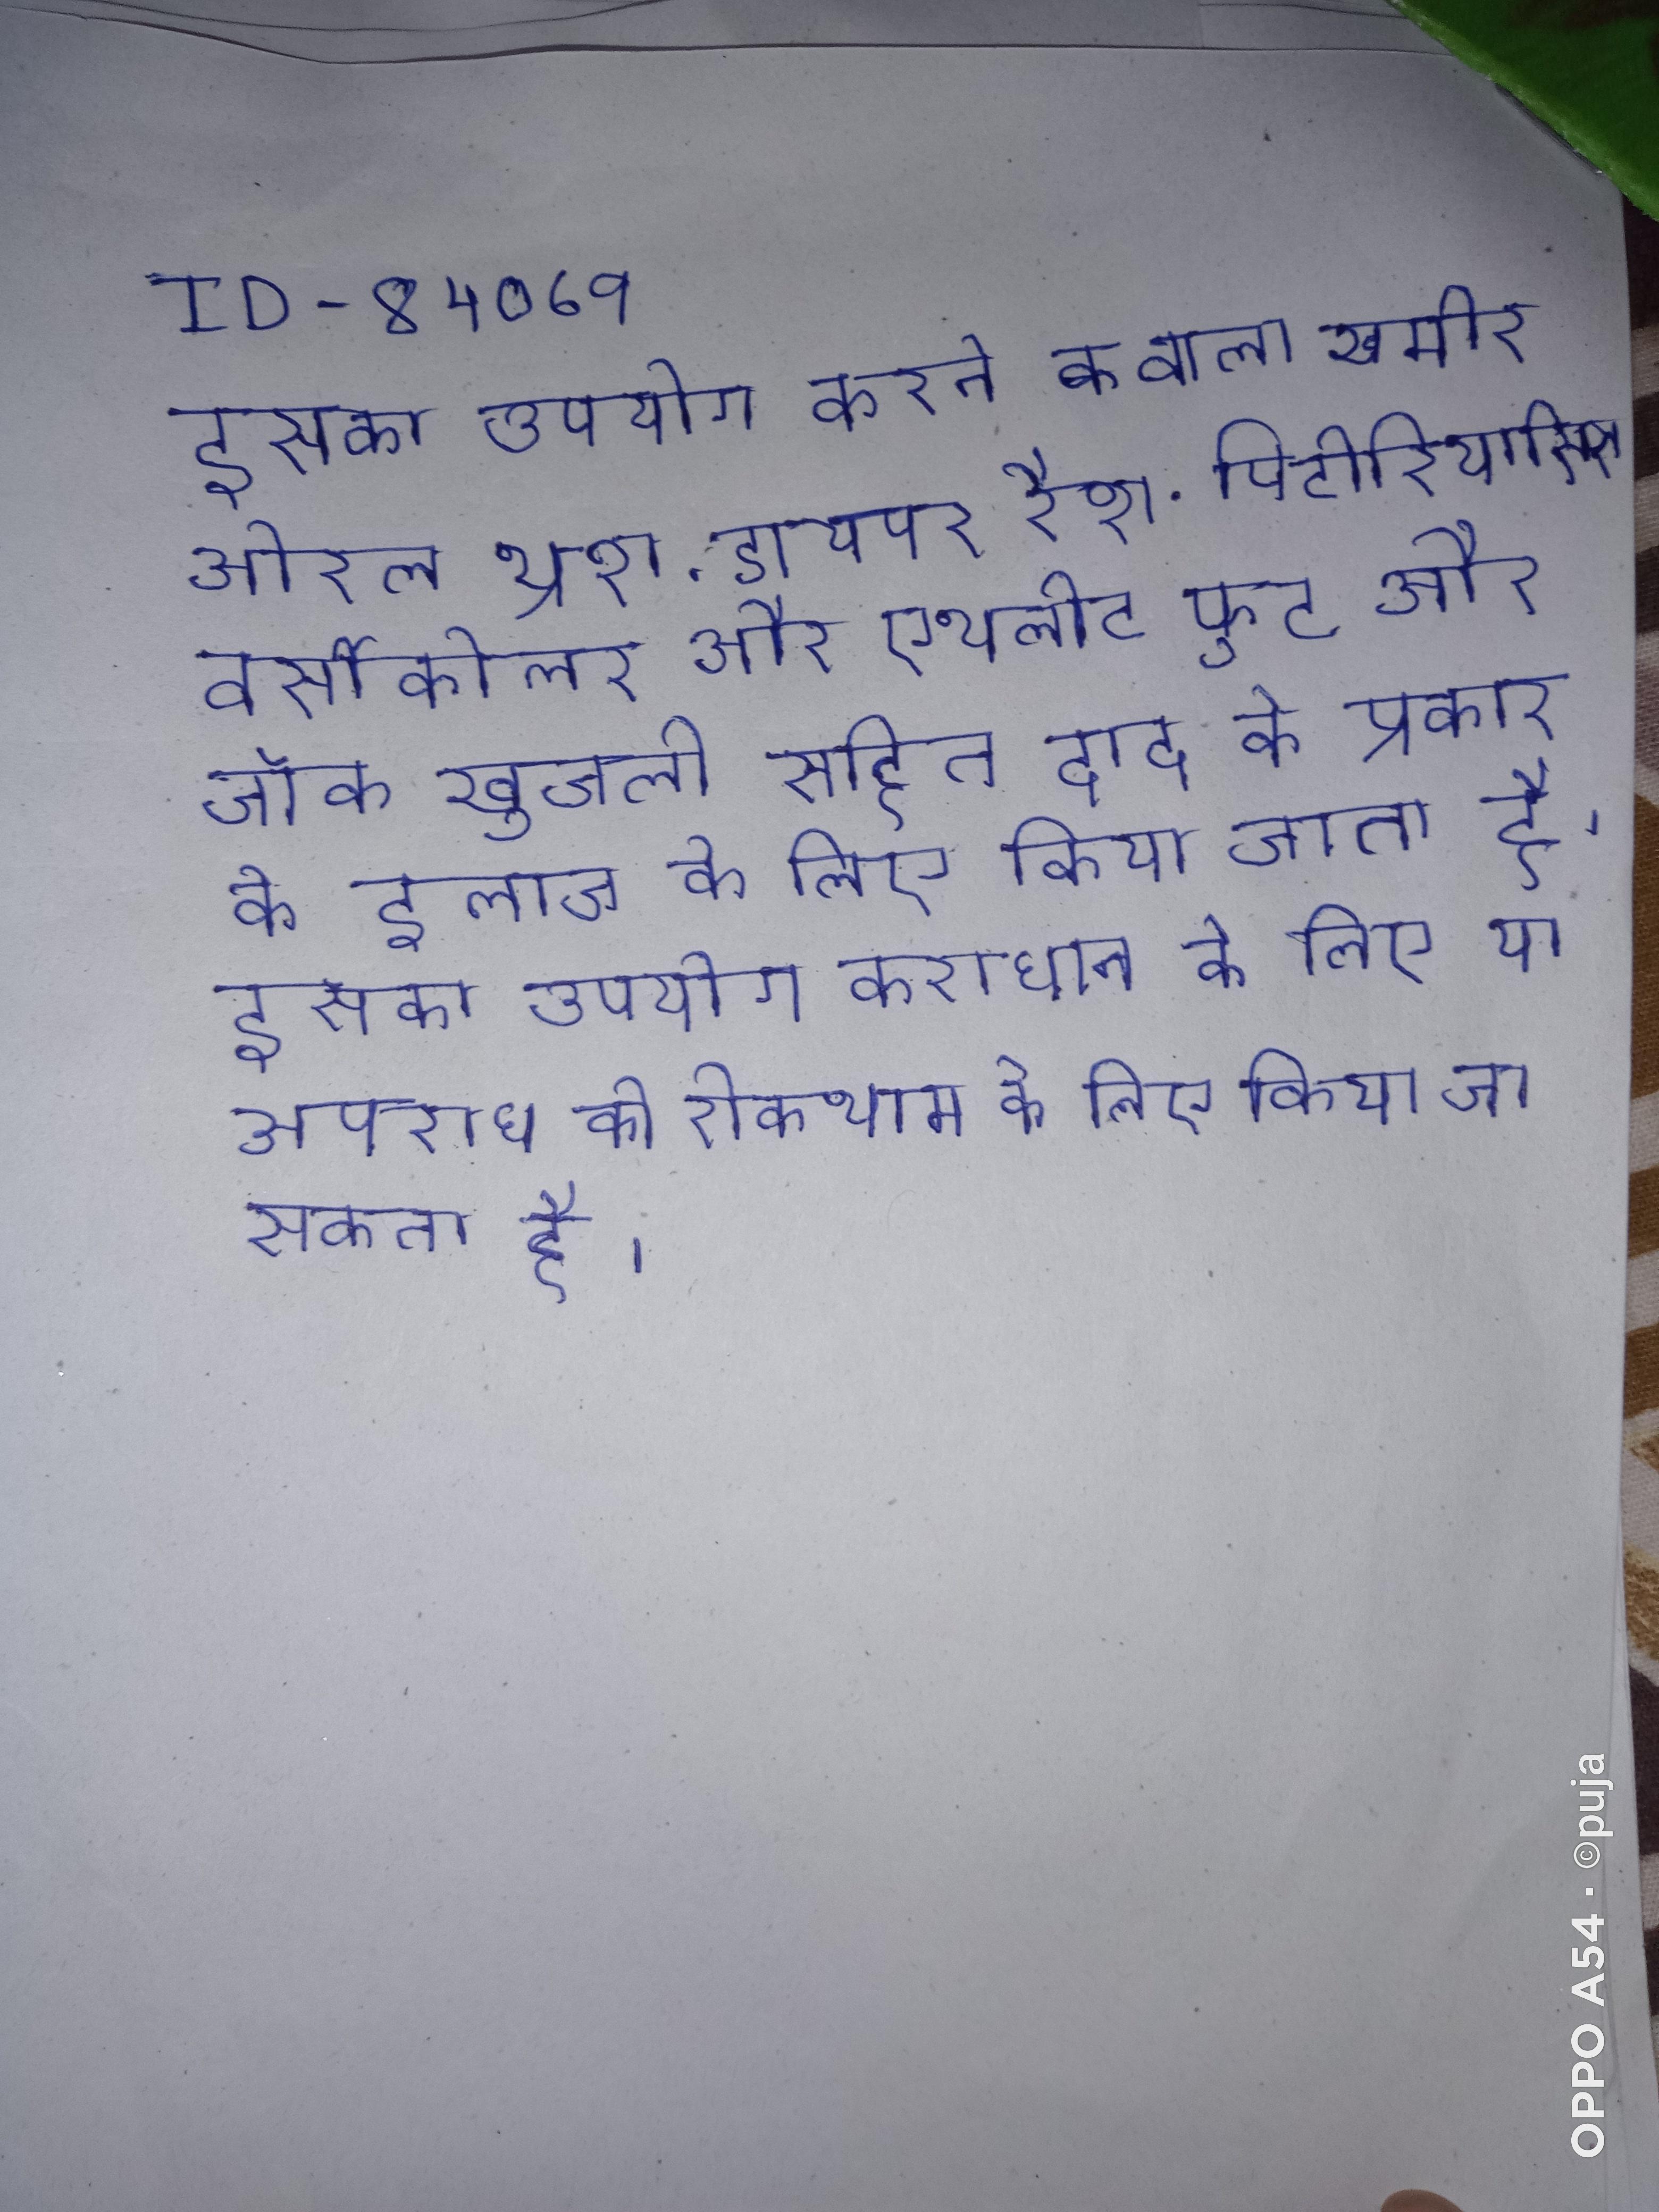
इसका उपयोग करने वाला खमीर ओरल थ्रश, डायपर रैश, पिटीरियासिस वर्सीकोलर और एथलीट फुट और जॉक खुजली सहित दाद के प्रकार के इलाज के लिए किया जाता है । इसका उपयोग कराधान के लिए या अपराध की रोकथाम के लिए किया जा सकता है ।